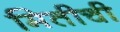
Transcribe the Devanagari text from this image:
मितीची